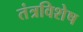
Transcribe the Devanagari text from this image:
तंत्रविशेष